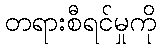
တရားစီရင်မှုကို